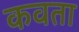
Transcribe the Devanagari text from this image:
कवता